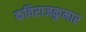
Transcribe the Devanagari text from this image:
कविराजकुमार